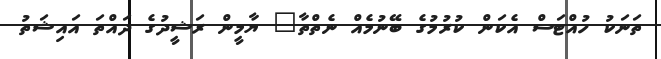
ތަނަކު ހުއްޓަސް އެކަން ކުރުމުގެ ބޭނުމެއް ނެތްތާ" ޔާމީން ރަޝީދުގެ ދައްތަ އައިޝަތު